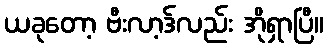
ယခုတော့ ဗီးလာ့ဒ်လည်း အိုရှာပြီ။